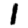
Digit: 1